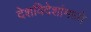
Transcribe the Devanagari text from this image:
देशविदेशांमध्ये